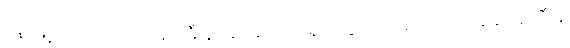
နန်းမြို့ တောင်ပြင်မှာ ရုံးကြီးနဲ့ အုပ်ချုပ်ရေးရုံးတွေ တည်ထောင်ပြီး ဆေးရုံကြီးနဲ့